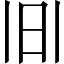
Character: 𱡹